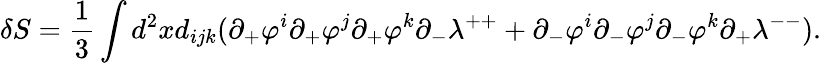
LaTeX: \delta S=\frac{1}{3}\int d^{2}xd_{ijk}(\partial_{+}\varphi^{i}\partial_{+}\varphi^{j}\partial_{+}\varphi^{k}\partial_{-}\lambda^{++}+\partial_{-}\varphi^{i}\partial_{-}\varphi^{j}\partial_{-}\varphi^{k}\partial_{+}\lambda^{--}).